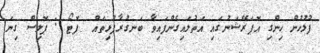
ފުލުހުން ހިންގި އޮޕަރޭޝަނުގައި އަތުލައިގެންފައިވާ ބަނގުރާފުޅިތައް  ފޮޓޯ : ޕޮލިސް ގިނަ